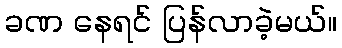
ခဏ နေရင် ပြန်လာခဲ့မယ်။